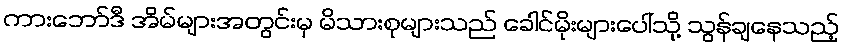
ကားဘော်ဒီ အိမ်များအတွင်းမှ မိသားစုများသည် ခေါင်မိုးများပေါ်သို့ သွန်ချနေသည့်